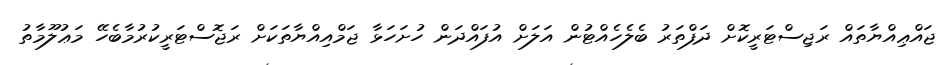
ޖައްޢިއްޔާތައް ރަޖިސްޓަރީކޮށް ދަފްތަރު ބެލެހެއްޓުން އަލަށް އުފައްދަން ހުށަހަޅާ ޖަމްއިއްޔާތަކަށް ރަޖޮސްޓަރީކުރުމާބެހޭ މަޢުލޫމާތު